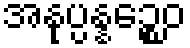
အနုပ္ပန္နဉ္စေဝ